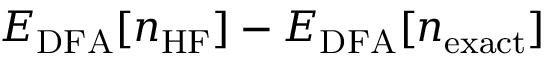
E _ { \mathrm { D F A } } [ n _ { \mathrm { H F } } ] - E _ { \mathrm { D F A } } [ n _ { \mathrm { e x a c t } } ]